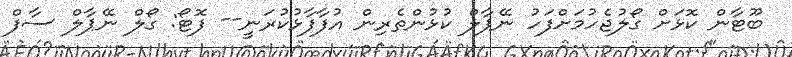
ބޫޓާން ކޮޅަށް ގޯލުޖެހުމަށްފަހު ނޭޕާލް ކުޅުންތެރިން އުފާފާޅުކުރަނީ-- ފޮޓޯ: ގޯލް ނޭޕާލް ސާފް